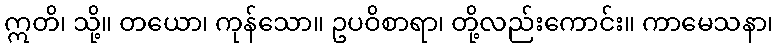
ဣတိ၊ သို့။ တယော၊ ကုန်သော။ ဥပဝိစာရာ၊ တို့လည်းကောင်း။ ကာမေသနာ၊